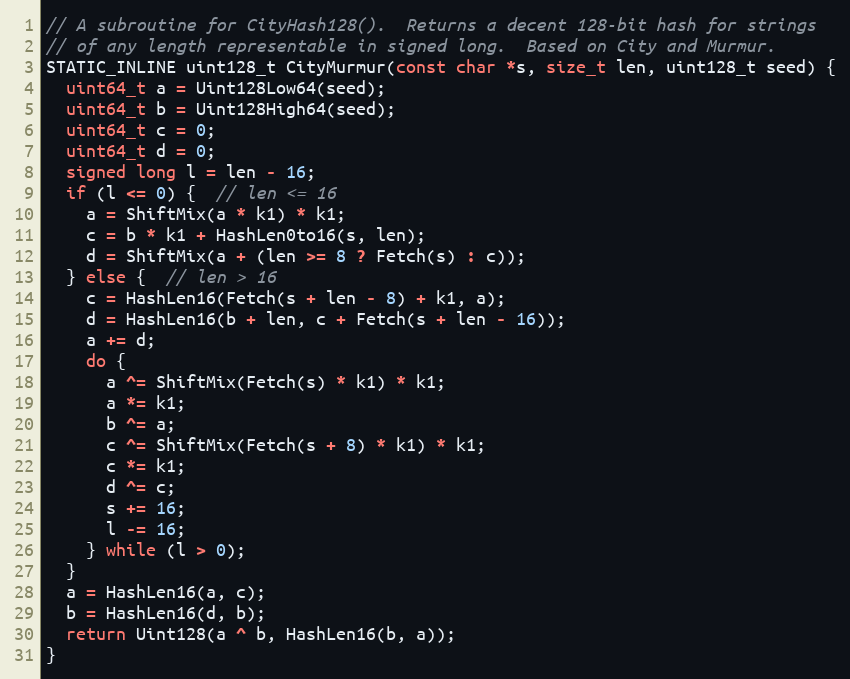
Language: C++
// A subroutine for CityHash128().  Returns a decent 128-bit hash for strings
// of any length representable in signed long.  Based on City and Murmur.
STATIC_INLINE uint128_t CityMurmur(const char *s, size_t len, uint128_t seed) {
  uint64_t a = Uint128Low64(seed);
  uint64_t b = Uint128High64(seed);
  uint64_t c = 0;
  uint64_t d = 0;
  signed long l = len - 16;
  if (l <= 0) {  // len <= 16
    a = ShiftMix(a * k1) * k1;
    c = b * k1 + HashLen0to16(s, len);
    d = ShiftMix(a + (len >= 8 ? Fetch(s) : c));
  } else {  // len > 16
    c = HashLen16(Fetch(s + len - 8) + k1, a);
    d = HashLen16(b + len, c + Fetch(s + len - 16));
    a += d;
    do {
      a ^= ShiftMix(Fetch(s) * k1) * k1;
      a *= k1;
      b ^= a;
      c ^= ShiftMix(Fetch(s + 8) * k1) * k1;
      c *= k1;
      d ^= c;
      s += 16;
      l -= 16;
    } while (l > 0);
  }
  a = HashLen16(a, c);
  b = HashLen16(d, b);
  return Uint128(a ^ b, HashLen16(b, a));
}